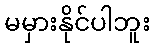
မမှားနိုင်ပါဘူး